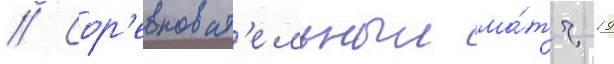
// Сор'евноват'ельныи ма́тч 19